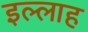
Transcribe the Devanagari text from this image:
इल्लाह